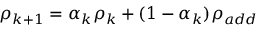
\rho _ { k + 1 } = \alpha _ { k } \rho _ { k } + ( 1 - \alpha _ { k } ) \rho _ { a d d }